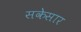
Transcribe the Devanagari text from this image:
सकेसार